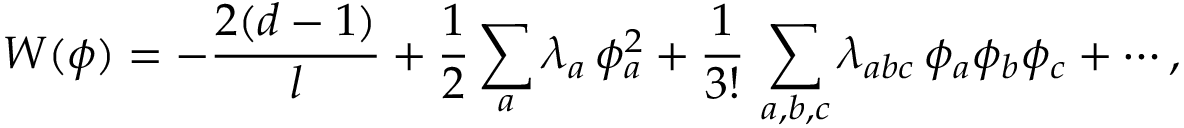
W ( \phi ) = - \frac { 2 ( d - 1 ) } { l } + { \frac { 1 } { 2 } } \sum _ { a } \lambda _ { a } \, \phi _ { a } ^ { 2 } + \frac { 1 } { 3 ! } \, \sum _ { a , b , c } \lambda _ { a b c } \, \phi _ { a } \phi _ { b } \phi _ { c } + \cdots ,